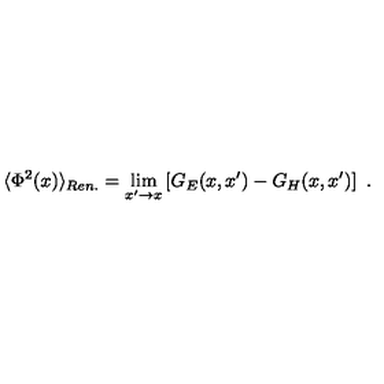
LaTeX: \langle \Phi ^ { 2 } ( x ) \rangle _ { R e n . } = \lim _ { x ^ { \prime } \to x } \left[ G _ { E } ( x , x ^ { \prime } ) - G _ { H } ( x , x ^ { \prime } ) \right] \ .